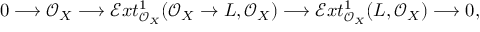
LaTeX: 0 \longrightarrow \mathcal { O } _ { X } \longrightarrow \mathcal { E } x t _ { \mathcal { O } _ { X } } ^ { 1 } ( \mathcal { O } _ { X } \to L , \mathcal { O } _ { X } ) \longrightarrow \mathcal { E } x t _ { \mathcal { O } _ { X } } ^ { 1 } ( L , \mathcal { O } _ { X } ) \longrightarrow 0 ,